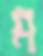
ম